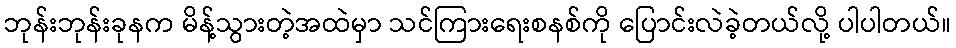
ဘုန်းဘုန်းခုနက မိန့်သွားတဲ့အထဲမှာ သင်ကြားရေးစနစ်ကို ပြောင်းလဲခဲ့တယ်လို့ ပါပါတယ်။